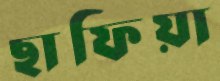
ছাফিয়া